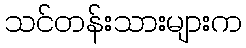
သင်တန်းသားများက